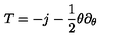
T = - j - { \frac { 1 } { 2 } } \theta \partial _ { \theta }